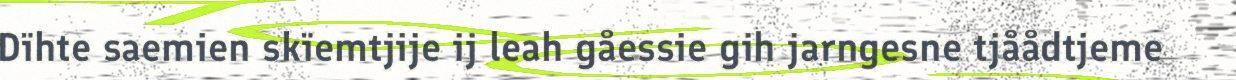
Dïhte saemien skïemtjije ij leah gåessie gih jarngesne tjåådtjeme